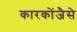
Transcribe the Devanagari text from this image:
कारकोंजैसे